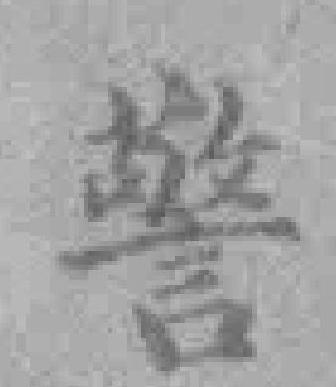
警